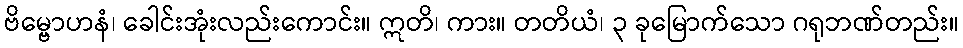
ဗိမ္ဗောဟနံ၊ ခေါင်းအုံးလည်းကောင်း။ ဣတိ၊ ကား။ တတိယံ၊ ၃ ခုမြောက်သော ဂရုဘဏ်တည်း။